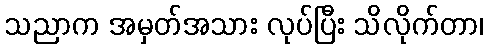
သညာက အမှတ်အသား လုပ်ပြီး သိလိုက်တာ၊